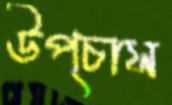
উপ্‌চাস